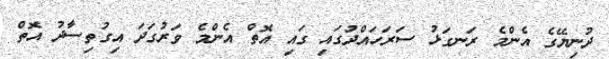
ދުނިޔޭގެ އެންމެ ރަނގަޅު ސަރަހައްދުގައި ގައި އޮތް އެންމެ ވަރުގަދަ އިގުތިސާދު އޮތް